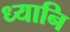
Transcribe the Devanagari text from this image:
ध्यानि